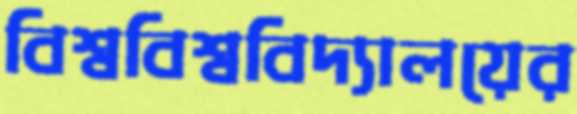
বিশ্ববিশ্ববিদ্যালয়ের